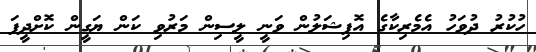
ހުކުރު ދުވަހު އެމެރިކާގެ އޮފިޝަލުން ވަނީ ލީސިން މަރުވި ކަން ޔަގީން ކޮށްދީފަ